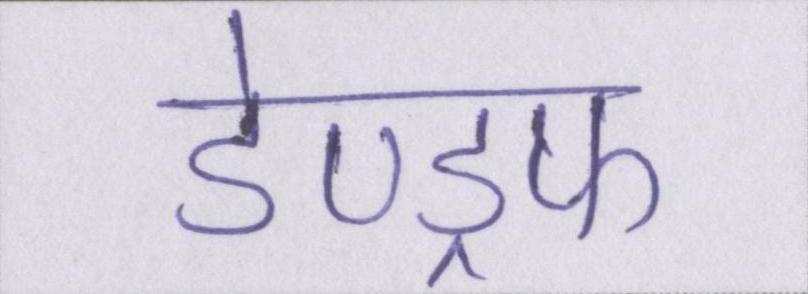
डेण्ड्रफ